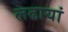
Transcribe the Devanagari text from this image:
लढायां